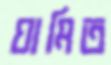
ঘামিত